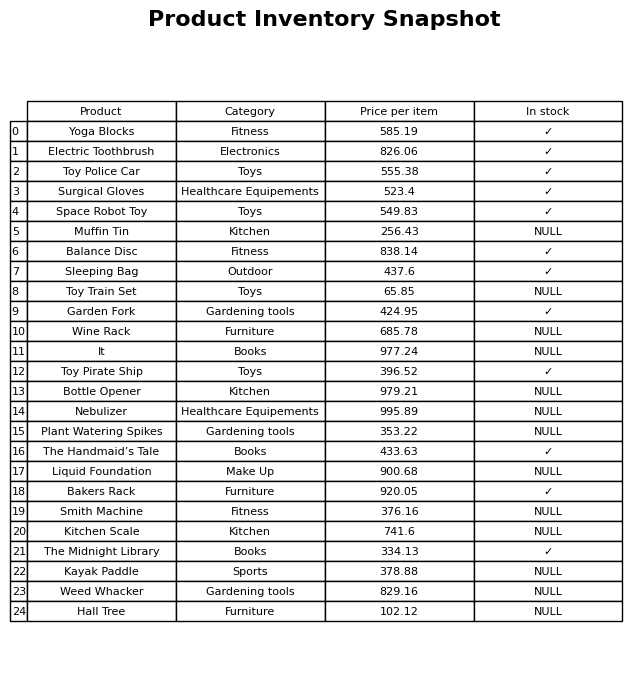
question: Is the Hall Tree in stock?
answer: NULL